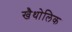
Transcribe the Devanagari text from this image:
खैथोलिक